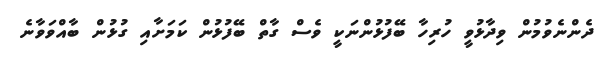
ދެންނެވުމުން ވިދާޅުވީ ހުރިހާ ބޭފުޅުންނަކީ ވެސް ގާތް ބޭފުޅުން ކަމަށާއި ގުޅުން ބާއްވަވާނެ